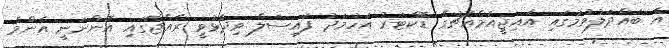
އެ ބައްދަލުވުމުގައި އައިޖީއެމްއެޗުގެ ޑޮކްޓަރު އަހުމަދު ފައިސަލް ވިދާޅުވީ ރާއްޖޭގައި އޮންނަނީ އެންމެ